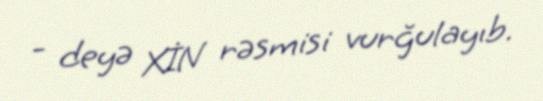
- deyə XİN rəsmisi vurğulayıb.